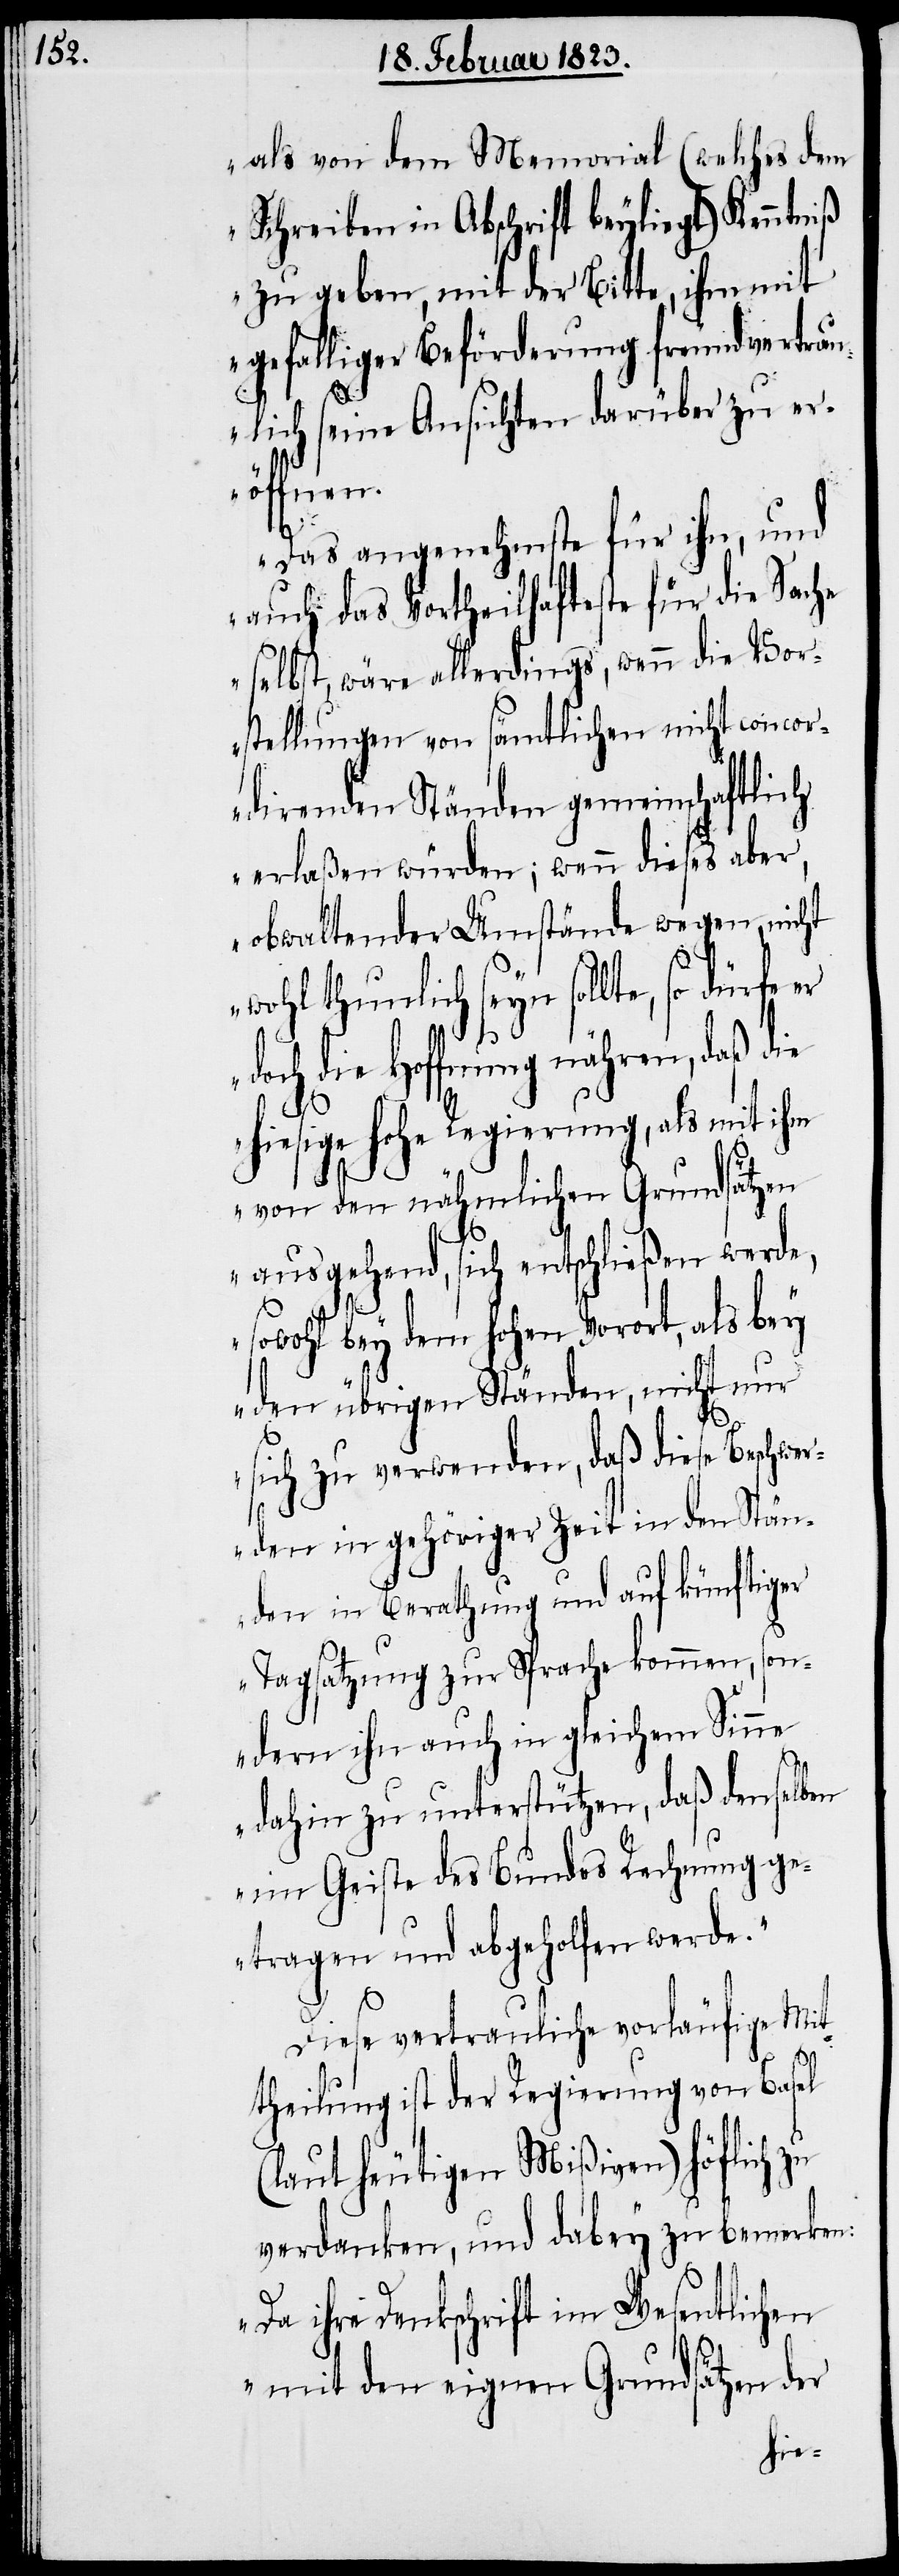
als von dem Memorial (welches dem
Schreiben in Abschrift beyliegt) Kenntniß
zu geben, mit der Bitte, ihm mit
gefalliger Beförderung freundvertrau¬
lich seine Ansichten darüber zu er¬
öffnen.
Das angenehmste für ihn, und
auch das Vortheilhafteste für die Sache
selbst, wäre allerdings, wenn die Vor¬
stellungen von sämtlichen nicht concor¬
direnden Ständen gemeinschaftlich
erlaßen würden; wenn dieses aber,
obwaltender Umstände wegen, nicht
wohl thunlich seyn sollte, so dürfe
die Hoffnung nähren, daß die
hiesige hohe Regierung, als mit ihm
von den nähmlichen Grundsätzen
ausgehend, sich entschließen werde,
sowohl bey dem hohen Vorort, als bey
den übrigen Ständen, nicht nur
sich zu verwenden, daß diese Beschwe¬
rden in gehöriger Zeit in den Stän¬
den in Berathung und auf künftiger
Tagsatzung zur Sprache kommen, son¬
dern ihn auch in gleichem Sinne
dahin zu unterstützen, daß denselben
im Geiste des Bundes Rechnung ge¬
tragen und abgeholfen werde.“
Diese vertrauliche vorläufige Mit¬
theilung ist der Regierung von Basel
(laut heutigen Mißiven) höflich zu
verdanken, und dabey zu bemerken:
„Da ihre Denkschrift im Wesentlichen
mit den eignen Grundsätzen der